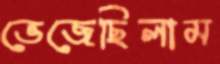
ভেজেছিলাম